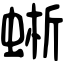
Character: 蜥